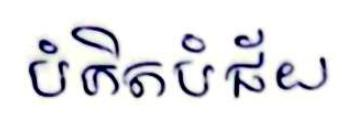
បំភិតបំជ័យ